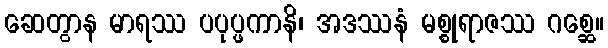
ဆေတွာန မာရဿ ပပုပ္ဖကာနိ၊ အဒဿနံ မစ္စုရာဇဿ ဂစ္ဆေ။